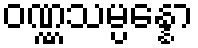
ဝဏ္ဏသမ္ပန္နော